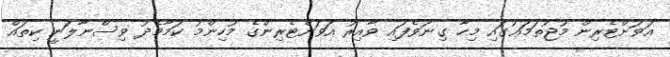
އަވަށްޓެރިން މުޖުތަމަޢުގައި މިހާ ގިނަވެފައި ވާއިރު އަވަށްޓެރިންގެ މުހިންމު ކަމާމެދު ވިސްނާލަނީ ކިތައް